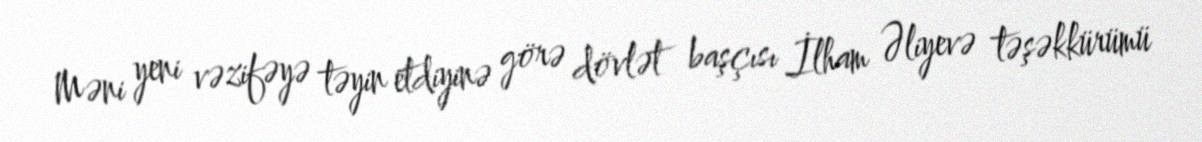
Məni yeni vəzifəyə təyin etdiyinə görə dövlət başçısı İlham Əliyevə təşəkkürümü